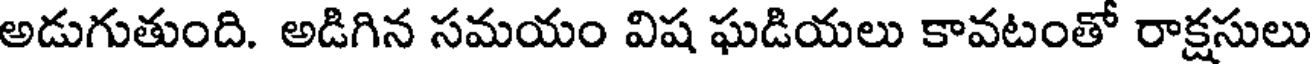
అడుగుతుంది. అడిగిన సమయం విష ఘడియలు కావటంతో రాక్షసులు